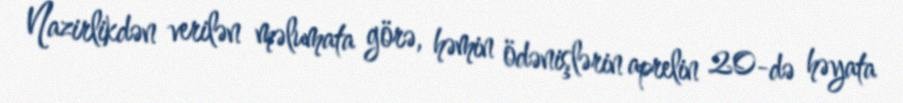
Nazirlikdən verilən məlumata görə, həmin ödənişlərin aprelin 20-də həyata